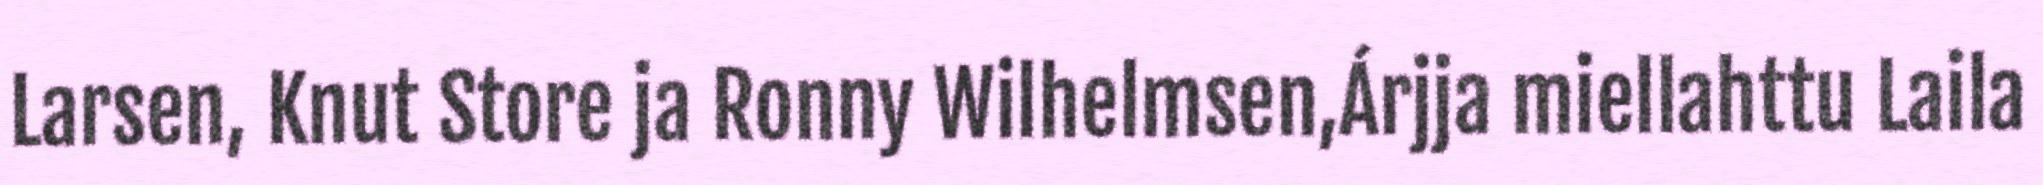
Larsen, Knut Store ja Ronny Wilhelmsen,Árjja miellahttu Laila